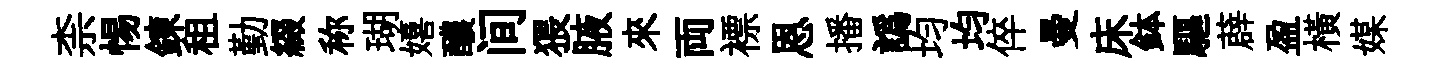
柰惕錬租勤綴称瑚嬉醲间猥腋來両褾恩播譌均均倅曼床鉢驅薜盈橫媒